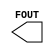
module RING_OSCILLATOR(
    output FOUT
);
endmodule